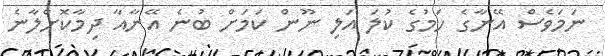
ނަމަވެސް އޭނާގެ ހަމުގެ ކުލަ އަލި ނޫން ކަމަށް ބުނެ އޭނާއާ ދިމާކޮށްލާނެ